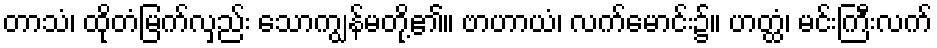
တာသံ၊ ထိုတံမြက်လှည်း သောကျွန်မတို့၏။ ဗာဟာယံ၊ လက်မောင်း၌။ ဟတ္ထံ၊ မင်းကြီးလက်